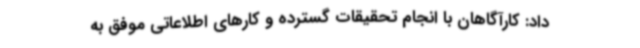
داد: کارآگاهان با انجام تحقیقات گسترده و کارهای اطلاعاتی موفق به